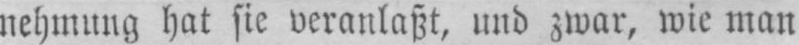
nehmung hat sie veranlasst, und zwar, wie man